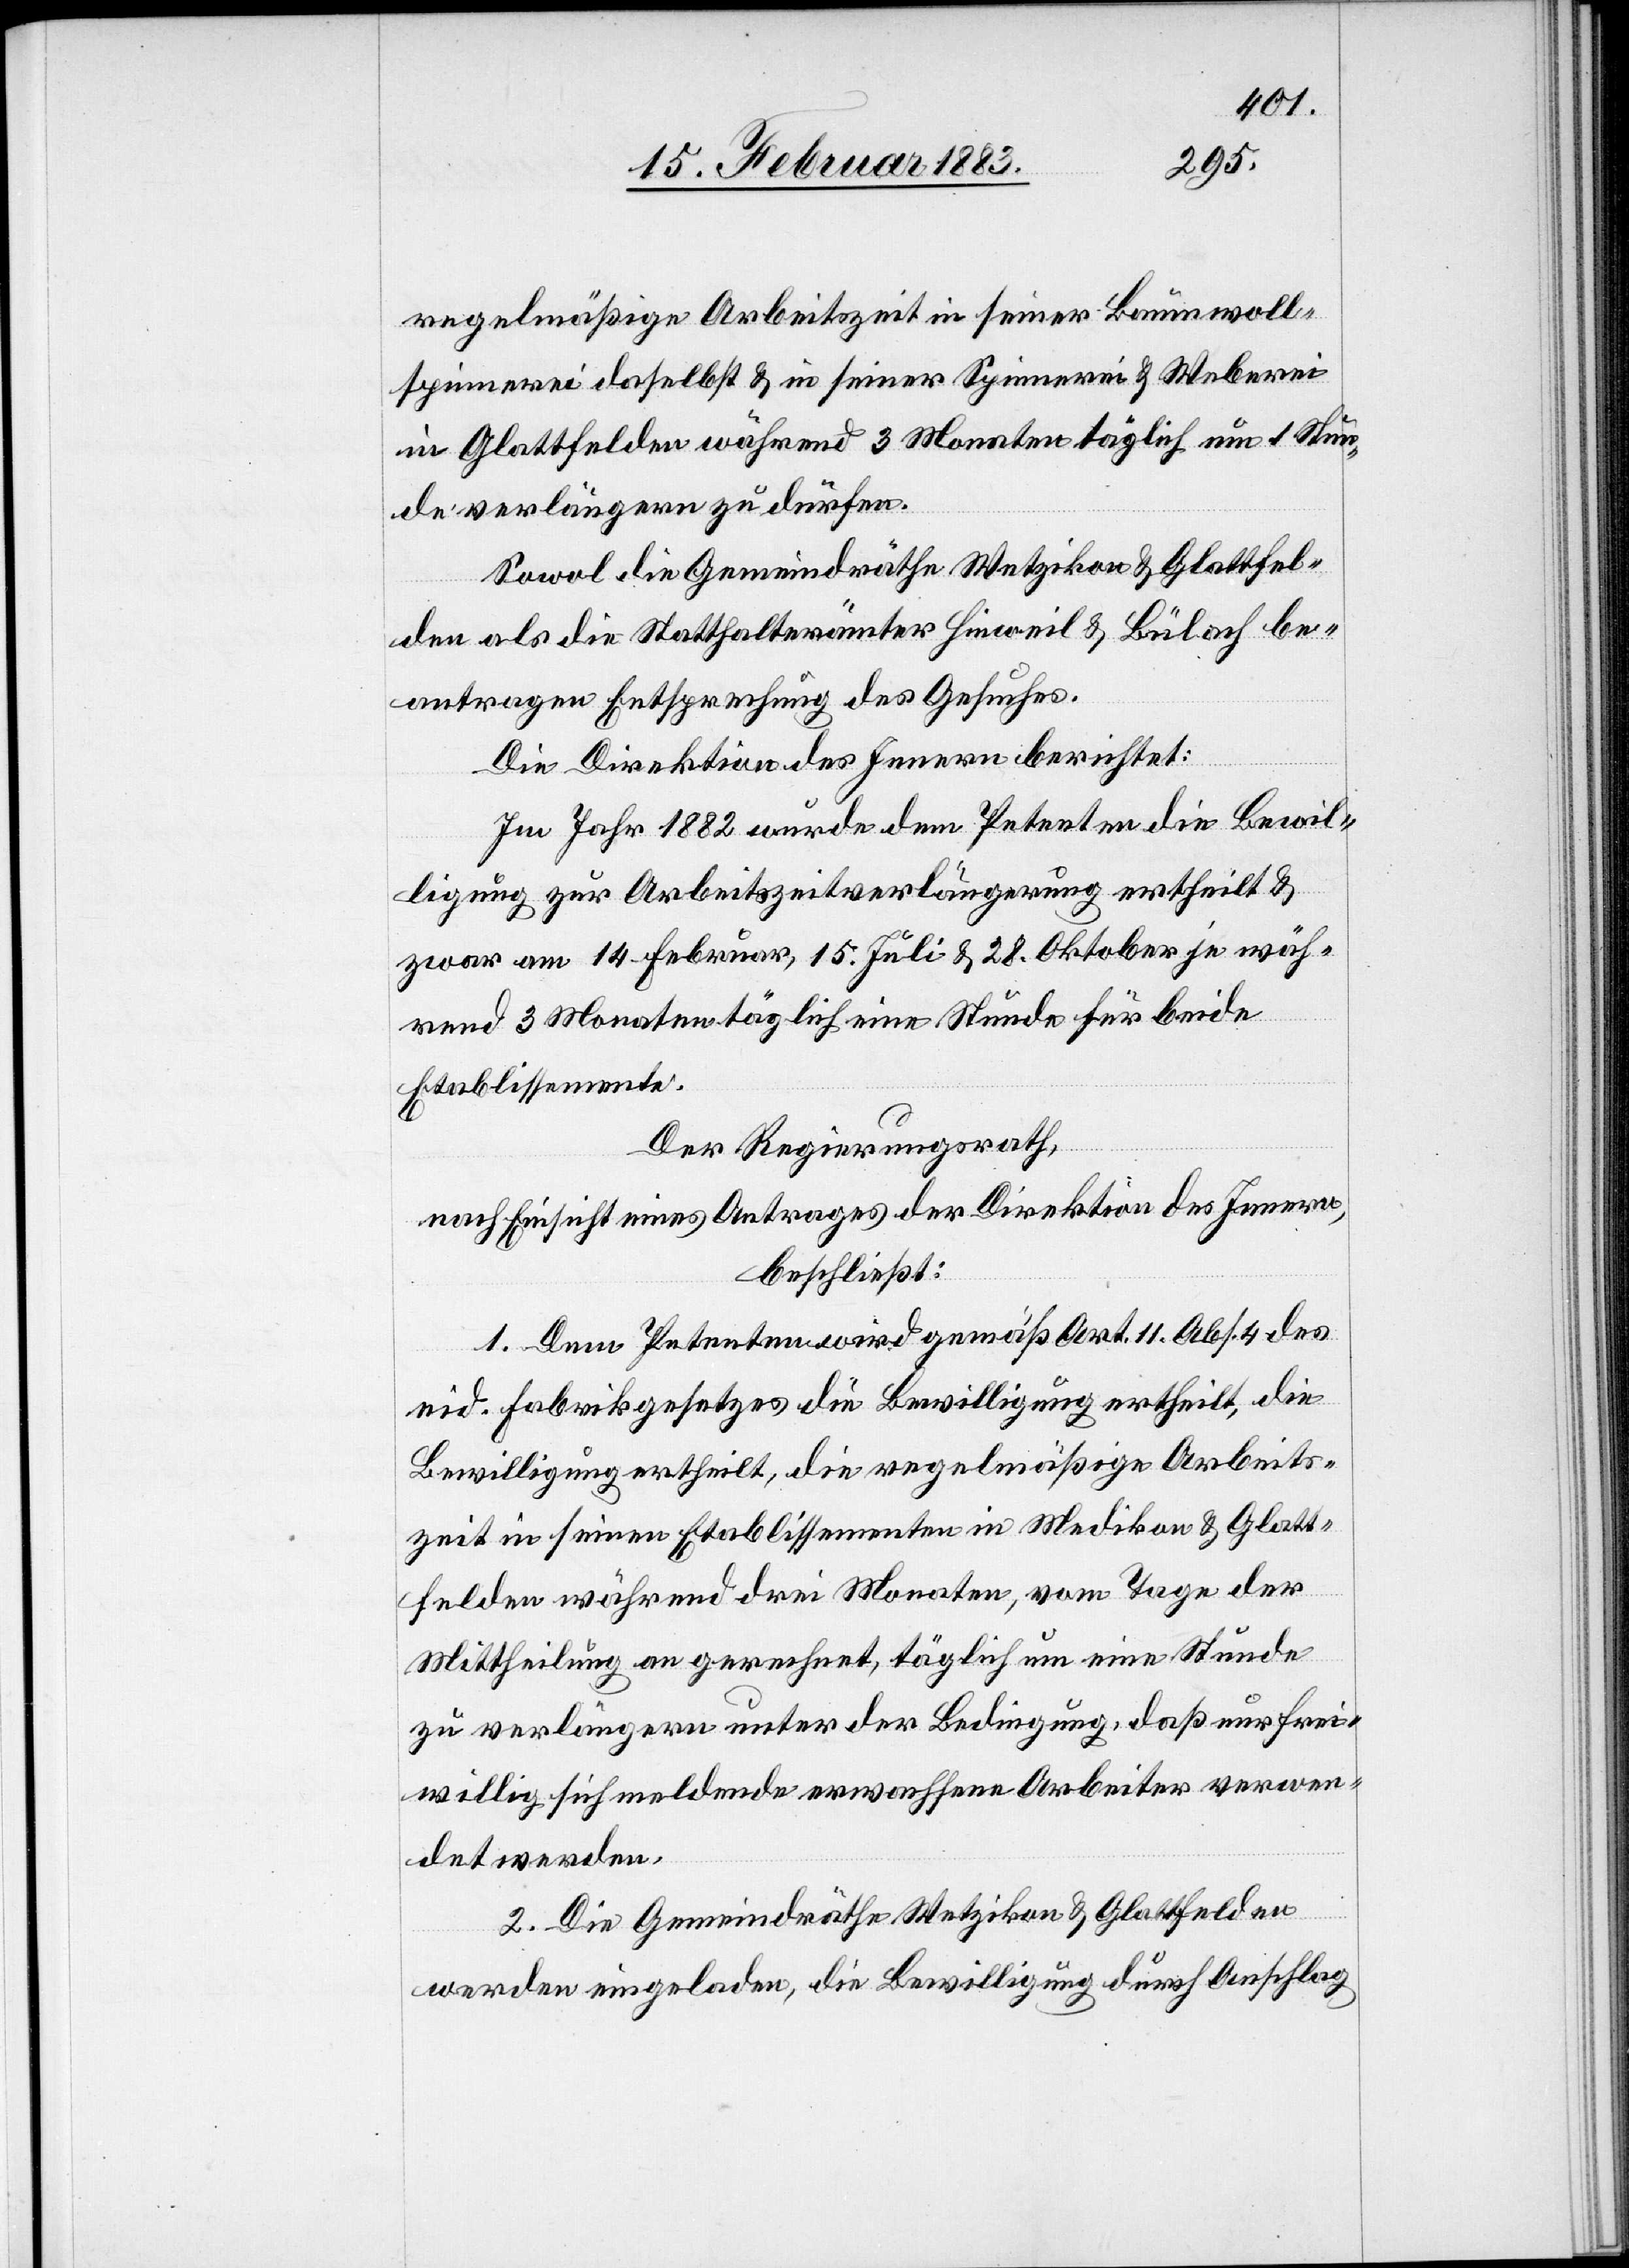
regelmäßige Arbeitszeit in seiner Baumwoll¬
spinnerei daselbst & in seiner Spinnerei & Weberei
in Glattfelden während 3 Monaten täglich um 1 Stun¬
de verlängern zu dürfen.
Sowol die Gemeindräthe Wetzikon & Glattfel¬
den als die Statthalterämter Hinweil & Bülach be¬
antragen Entsprechung des Gesuches.
Die Direktion des Innern berichtet:
Im Jahr 1882 wurde dem Petenten die Bewil¬
ligung zur Arbeitszeitverlängerung ertheilt &
zwar am 14. Februar, 15. Juli & 28. Oktober je wäh¬
Arbeits¬
rend 3 Monaten täglich eine Stunde für beide
Etablissemente.
Der Regierungsrath,
nach Einsicht eines Antrages der Direktion des Innern,
beschließt:
1. Dem Petenten wird gemäß Art. 11. Abs. 4 des
eid. Fabrikgesetzes die Bewilligung ertheilt, die
zeit in seinen Etablissementen in Medikon & Glatt¬
felden während drei Monaten, vom Tage der
Mittheilung an gerechnet, täglich um eine Stunde
zu verlängern unter der Bedingung, daß nur frei¬
willig sich meldende erwachsene Arbeiter verwen¬
det werden.
2. Die Gemeindräthe Wetzikon & Glattfelden
werden eingeladen, die Bewilligung durch Anschlag